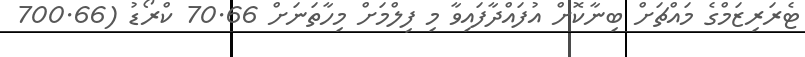
ޓެރަރިޒަމްގެ މައްޗަށް ބިނާކޮށް އުފައްދާފައިވާ މި ފިލްމަށް މިހާތަނަށް 70.66 ކްރޯޑު (700.66